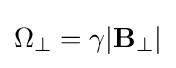
\Omega _{\perp }=\gamma |\mathbf {B} _{\perp }|